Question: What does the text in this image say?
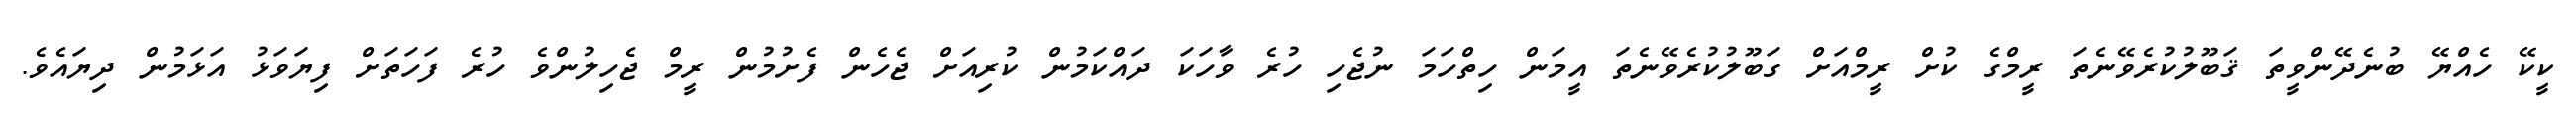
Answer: ކީކޭ ހެއްޔޭ ބުނެދޭންވީތަ ޤަބޫލުކުރެވޭނެތަ ރީމްގެ ކުށް ރީމްއަށް ގަބޫލުކުރެވޭނެތަ އީމަން ހިތްހަމަ ނުޖެހި ހުރެ ވާހަކަ ދައްކަމުން ކުރިއަށް ޖެހެން ފެށުމުން ރީމް ޖެހިލުންވެ ހުރެ ފަހަތަށް ފިޔަވަޅު އަޅަމުން ދިޔައެވެ.